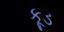
કૂડ